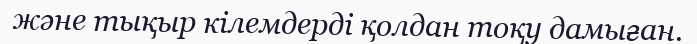
және тықыр кілемдерді қолдан тоқу дамыған.